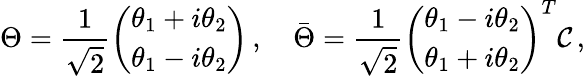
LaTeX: \Theta=\frac{1}{\sqrt{2}}\left(\begin{array}{l}{{\theta_{1}+i\theta_{2}}}\\ {{\theta_{1}-i\theta_{2}}}\end{array}\right)\, ,\quad\bar{\Theta}=\frac{1}{\sqrt{2}}\left(\begin{array}{l}{{\theta_{1}-i\theta_{2}}}\\ {{\theta_{1}+i\theta_{2}}}\end{array}\right)^{T}{\cal C}\, ,